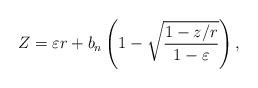
LaTeX: \begin{align*}Z=\varepsilon r+b_n\left(1-\sqrt{\frac{1-z/r}{1-\varepsilon}} \right),\end{align*}